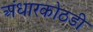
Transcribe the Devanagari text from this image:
अंधारकोठडी